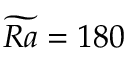
\widetilde { R a } = 1 8 0